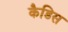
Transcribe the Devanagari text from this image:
कैडिस